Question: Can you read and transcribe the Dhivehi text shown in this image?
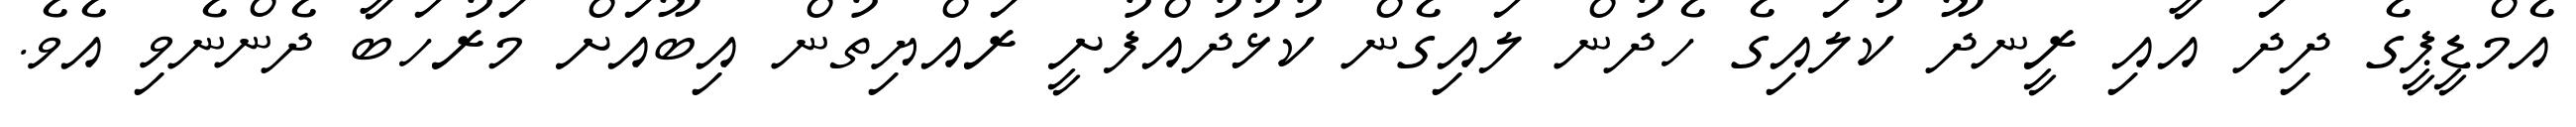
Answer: އެމްޑީޕީގެ ދިދަ އާއި ރީނދޫ ކުލައިގެ ހެދުން ލައިގެން ކުޅުދުއްފުށީ ރައްޔިތުން އިބޫއަށް މަރުހަބާ ދެންނެވި އެވެ.